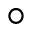
^ \circ